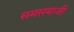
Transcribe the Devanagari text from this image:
समसमाजी